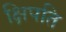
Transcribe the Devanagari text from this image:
क्षिपति